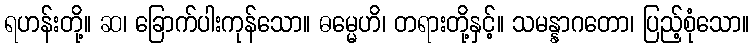
ရဟန်းတို့။ ဆ၊ ခြောက်ပါးကုန်သော။ ဓမ္မေဟိ၊ တရားတို့နှင့်။ သမန္နာဂတော၊ ပြည့်စုံသော။